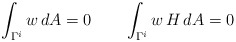
\begin{align*}\int_{\Gamma^i} w\, dA=0\quad\quad\int_{\Gamma^i} w\,H\, dA=0\end{align*}